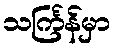
သင်္ကြန်မှာ